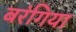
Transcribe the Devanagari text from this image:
बरंगिया